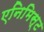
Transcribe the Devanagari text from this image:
एनिमिस्ट